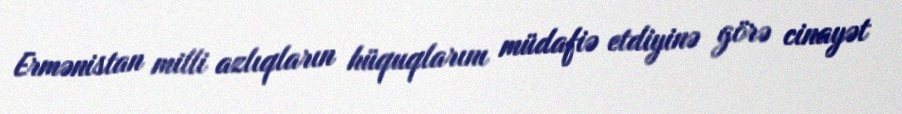
Ermənistan milli azlıqların hüquqlarını müdafiə etdiyinə görə cinayət